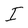
Character: I